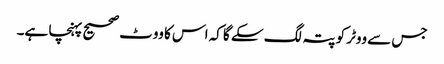
جس سے ووٹر کو پتہ لگ سکے گا کہ اس کا ووٹ صحیح پہنچا ہے۔